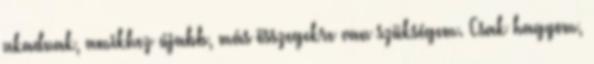
akadnak, amikhez újabb, más összegekre van szükségem. Csak hagyom,